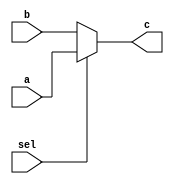
`timescale 1ns / 1ps
//////////////////////////////////////////////////////////////////////////////////
// Company: 
// Engineer: 
// 
// Design Name: 
// Module Name:    mux_mov_common 
// Project Name: 
// Target Devices: 
// Tool versions: 
// Description: 
//
// Dependencies: 
//
// Revision: 
// Revision 0.01 - File Created
// Additional Comments: 
//
//////////////////////////////////////////////////////////////////////////////////
module mux_mov_common(
    input a,
    input b,
    input sel,
    output c
    );
	 assign c = (sel)?a:b;

endmodule